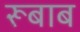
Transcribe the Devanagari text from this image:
रूबाब